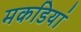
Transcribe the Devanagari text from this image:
मकडियां